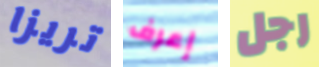
تريزا إعرف رجل